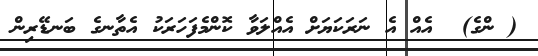
( ންގެ)  އެއް އެ ނަރަކަޔަށް އެއްލަވާ ކޮންމެފަހަރަކު އެތާނގެ ބަނޑޭރިން